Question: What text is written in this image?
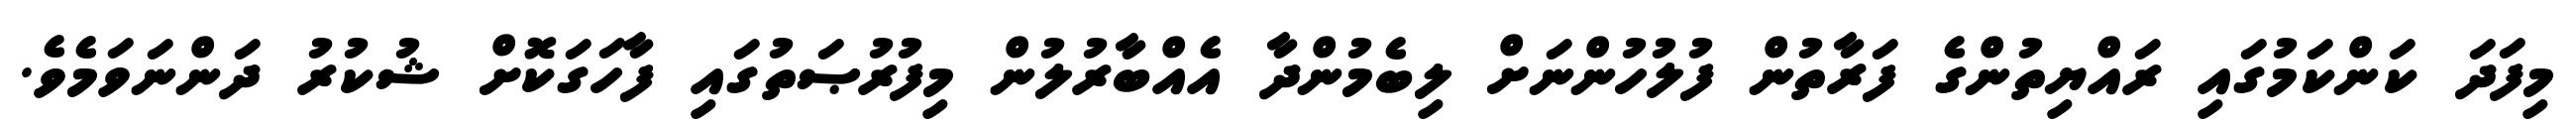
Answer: މިފަދަ ކަންކަމުގައި ރައްޔިތުންގެ ފަރާތުން ފުލުހުންނަށް ލިބެމުންދާ އެއްބާރުލުން މިފުރުޞަތުގައި ފާހަގަކޮށް ޝުކުރު ދަންނަވަމެވެ.